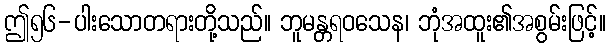
ဤ၅၆-ပါးသောတရားတို့သည်။ ဘူမန္တရဝသေန၊ ဘုံအထူး၏အစွမ်းဖြင့်။